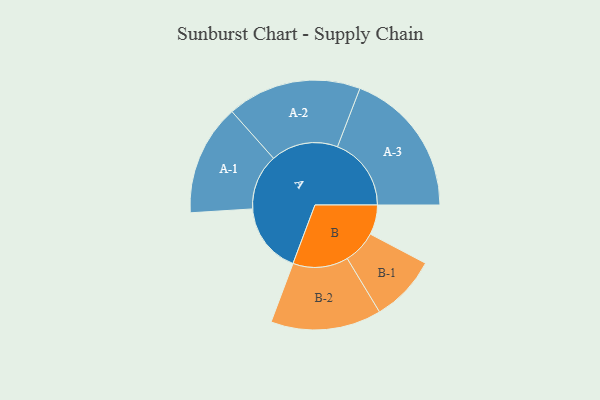
{"axis": {"x": "Segment", "y": "Value"}, "legend": ["", "A", "B"], "data": [{"x": "A", "y": 275, "type": ""}, {"x": "B", "y": 116, "type": ""}, {"x": "A-1", "y": 217, "type": "A"}, {"x": "A-2", "y": 262, "type": "A"}, {"x": "A-3", "y": 288, "type": "A"}, {"x": "B-1", "y": 130, "type": "B"}, {"x": "B-2", "y": 216, "type": "B"}]}